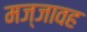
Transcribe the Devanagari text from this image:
मज्जावह